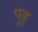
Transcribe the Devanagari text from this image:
पु्ह्